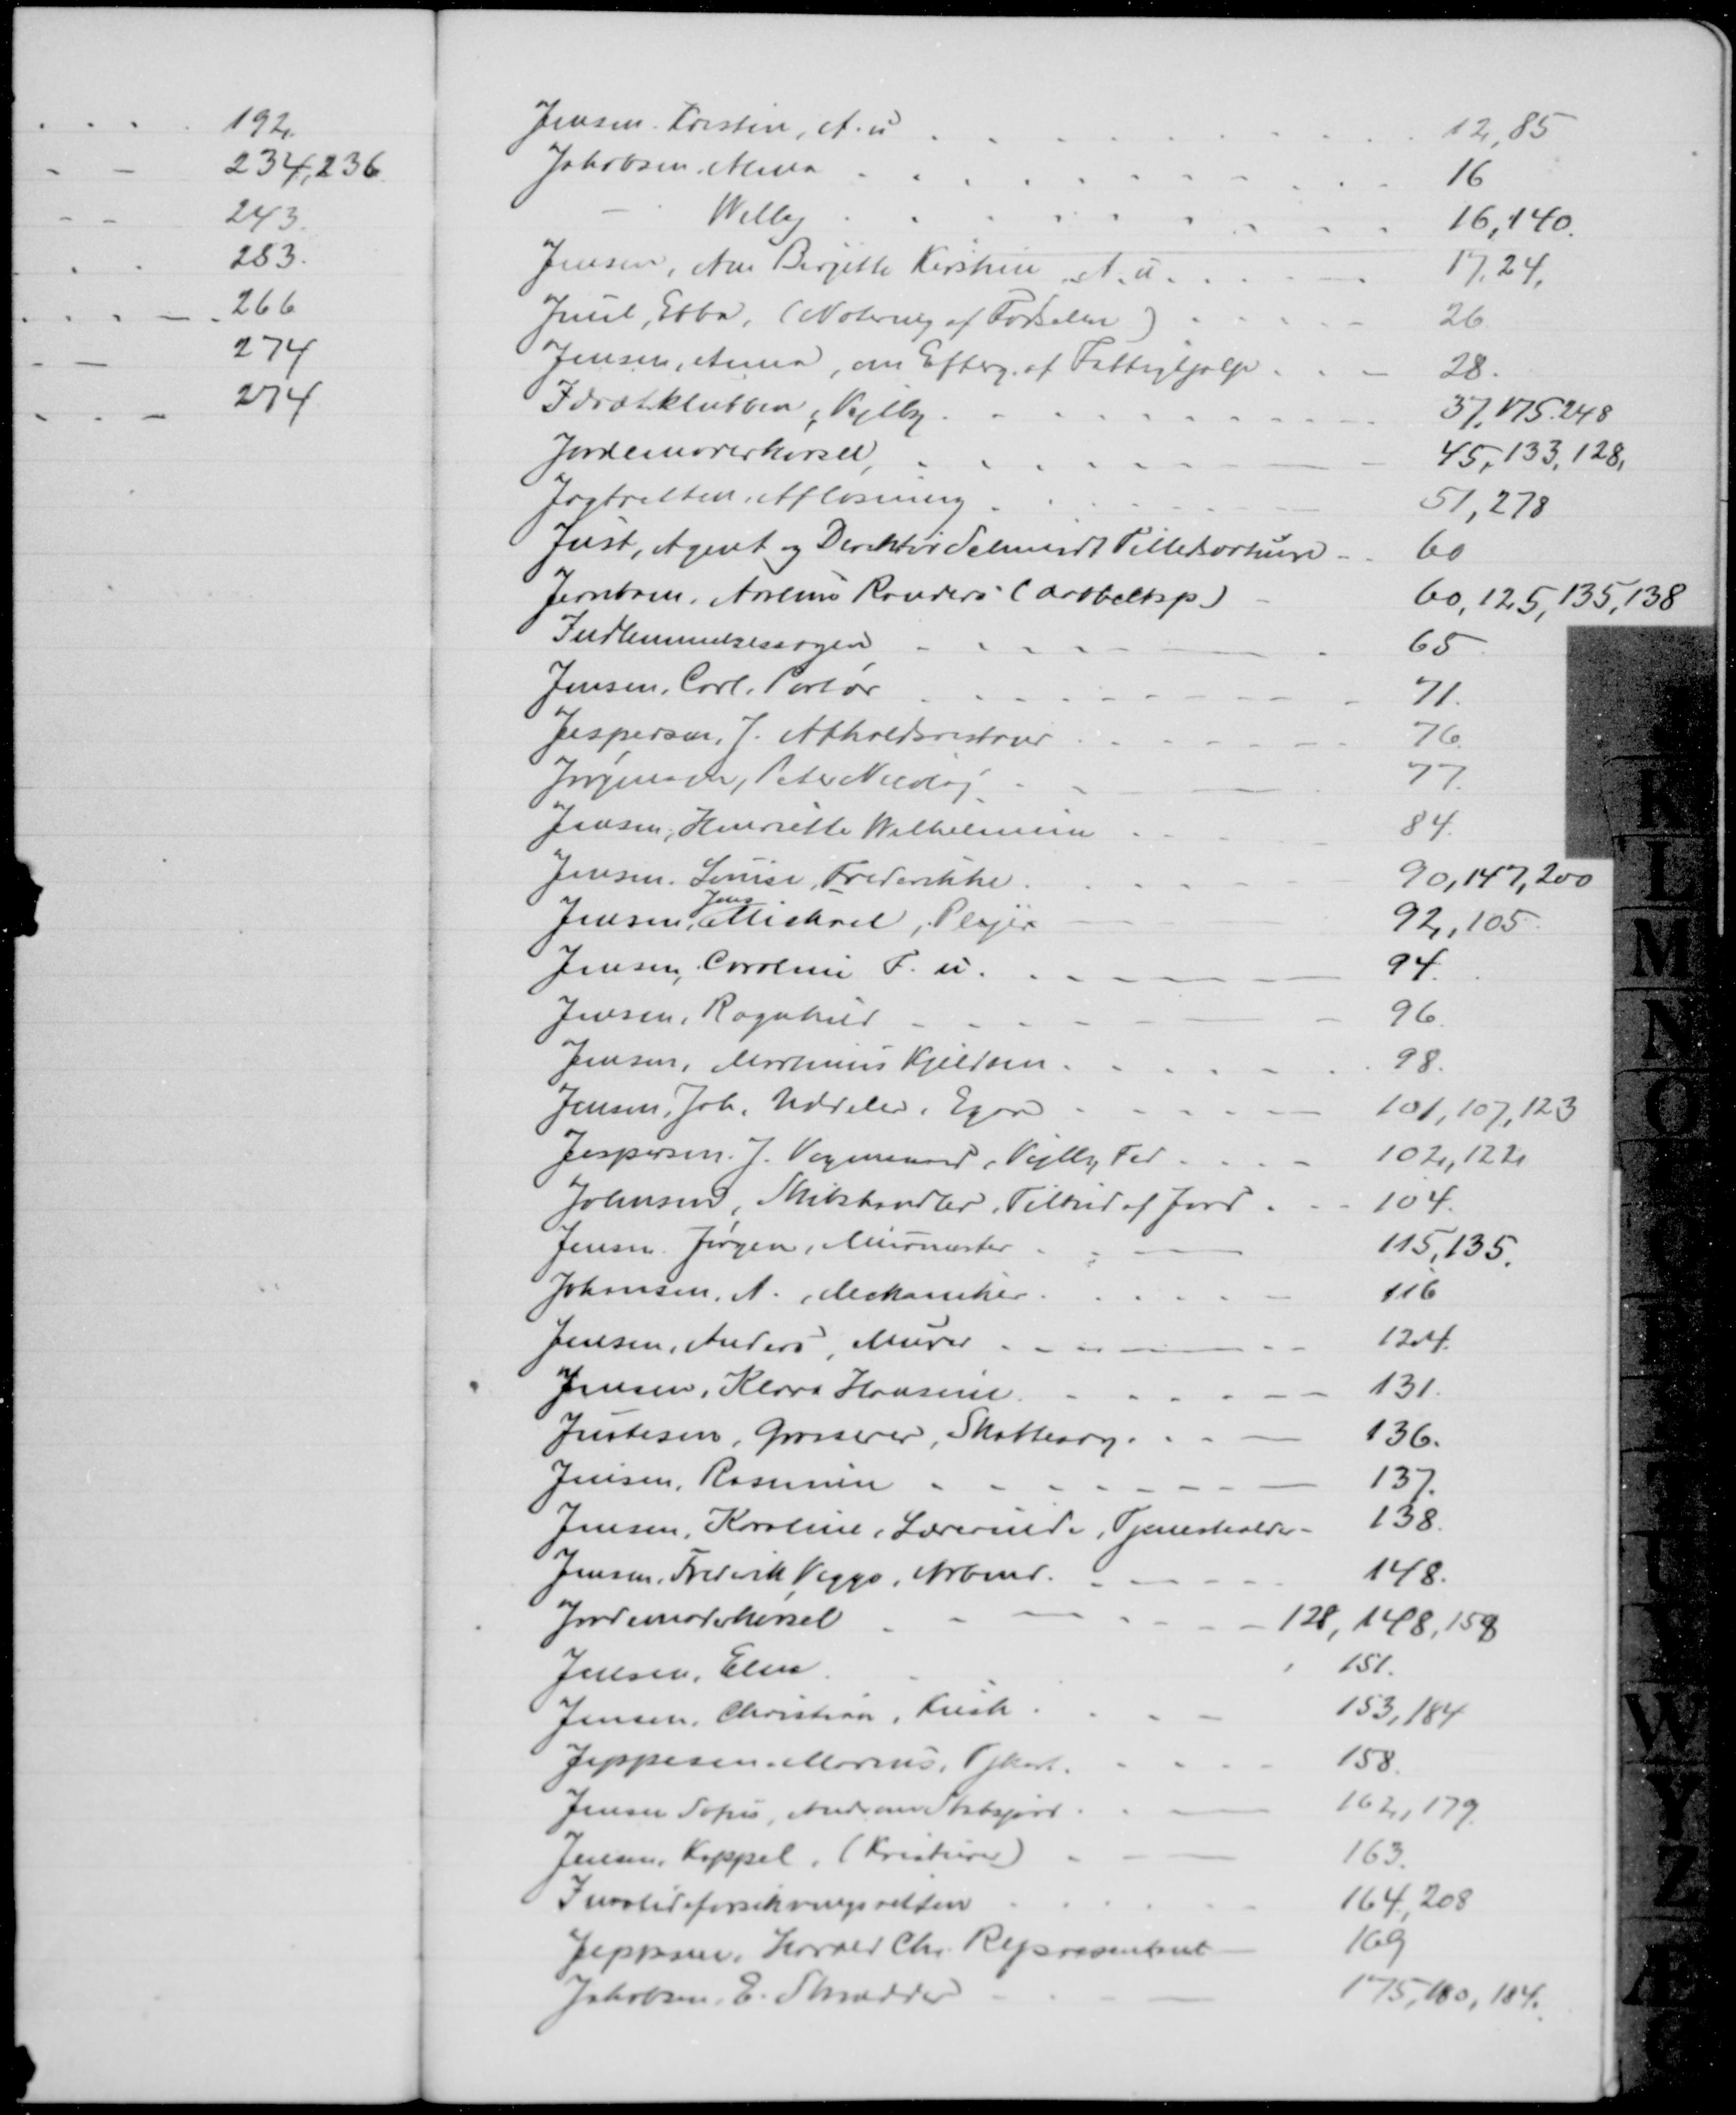
Transskription:
Jensen. Kristen, A. u
12, 85
Jakobsen, Alma
16
Willy
16, 140.
Jensen, Ane Birgitte Kirstine, A. u.
17, 24,
Juul, Ebba, (Notering af Fødselen)
26
Jensen, Anna, om Efterg. af Fattighjælp
28
Idrætsklubben, Vejlby
37,175, 248
Jordemoderkørsel
45, 133, 128,
Jagtretten, Afløsning
51, 278
Just, Agent og Direktør Schmidt Tillidsvotum
60
Jernbane, Aarhus Randers (dobbeltsp.)
60, 125, 135, 138
Indlemmelsessagen
65
Jensen, Carl, Portør
71
Jespersen, J. Afholdsrestaur
76
Jørgensen, Peter Nicolaj
77
Jensen, Henriette Wilhelmine
84
Jensen, Louise, Frederikke.
90, 147, 200
Jensen, 
Jens
Michael, Plejer
92, 105
Jensen, Caroline F. u.
94
Jensen, Ragnhild
96
Jensen, Martinus Kjeldsen
98
Jensen, Joh. Uddeler, Egaa
101, 107, 123
Jespersen J. Vognmand, Vejlby Fed
102, 122
Johnsen, Skibshandler, Tilbud af Jord
104
Jensen Jørgen, Murmester
115, 135.
Johansen, A. Mekaniker
116
Jensen, Anders, Murer
124.
Jensen, Klara Hansine
131
Justesen, Grosserer, Skattesag
136
Jensen, Rasmine
137
Jensen, Karoline, Lærerinde, Tjenestealder
138
Jensen, Frederik Viggo, Arbmd.
148
Jordemoderkørsel
128, 148, 158
Jensen, Elna
151
Jensen, Christian, Kusk
153,184
Jeppesen. Marius, Tjkarl.
158
Jensen Sofus Andr. om Statsjord
162, 179
Jensen, Kappel. (Kreaturer)
163
Invalideforsikringsretten
164, 208
Jeppesen, Harald Chr. Repræsentant
169
Jakobsen, E. Skrædder
175, 180, 184.